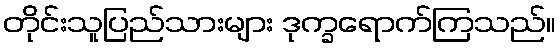
တိုင်းသူပြည်သားများ ဒုက္ခရောက်ကြသည်။